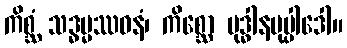
ကိစ္ဆံ သဒ္ဓမ္မဿဝနံ၊ ကိစ္ဆော ဗုဒ္ဓါနမုပ္ပါဒေါ။